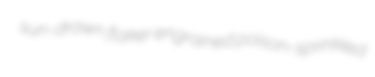
sun-drawn flaker engrained poison-sprinkled